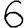
Digit: 6